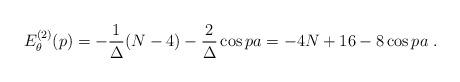
LaTeX: \begin{align*}E_{\theta}^{(2)}(p)=-\frac{1}{\Delta}(N-4)-\frac{2}{\Delta}\cos pa=-4N+16-8\cos pa\ .\end{align*}